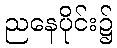
ညနေပိုင်း၌